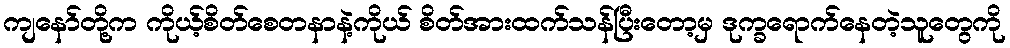
ကျနော်တို့က ကိုယ့်စိတ်စေတနာနဲ့ကိုယ် စိတ်အားထက်သန်ပြီးတော့မှ ဒုက္ခရောက်နေတဲ့သူတွေကို